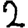
Digit: 2